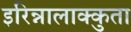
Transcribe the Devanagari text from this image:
इरिन्नालाक्कुता